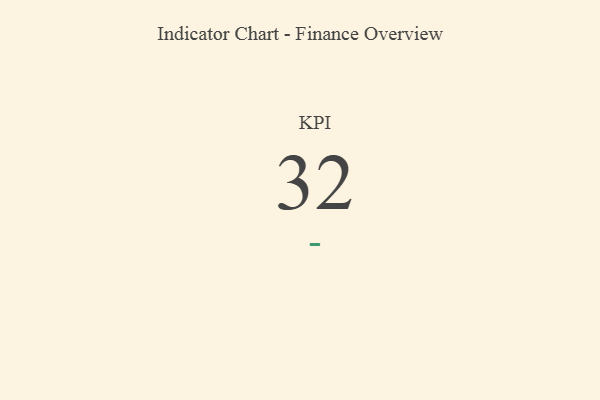
{"axis": {"x": "KPI", "y": "Value"}, "legend": [""], "data": [{"x": "KPI", "y": 32, "type": ""}]}